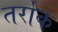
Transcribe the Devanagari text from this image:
तर्राक